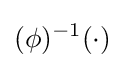
(\phi )^{-1}(\cdot )